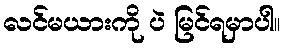
လင်မယားကို ပဲ မြင်ရမှာပါ။